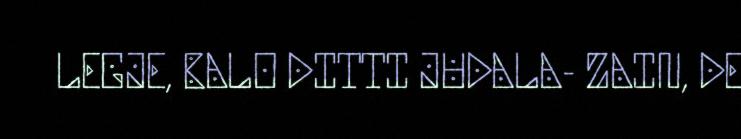
LEGJE, BALO DITTI JUDALA- ZAIN, DE